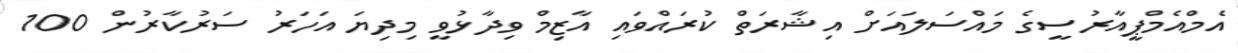
އެމްއެމްޕީއާރުސީގެ މައްސަލައަށް އިޝާރަތް ކުރައްވައި އާޒިމް ވިދާޅުވީ މިދިޔަ އަހަރު ސަރުކާރުން 100